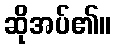
ဆိုအပ်၏။